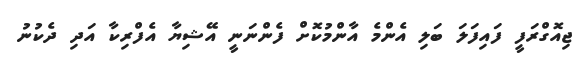
ޖިއޮގްރަފީ ފައިފަލަ ބަލި އެންމެ އާންމުކޮށް ފެންނަނީ އޭޝިޔާ އެފްރިކާ އަދި ދެކުނު